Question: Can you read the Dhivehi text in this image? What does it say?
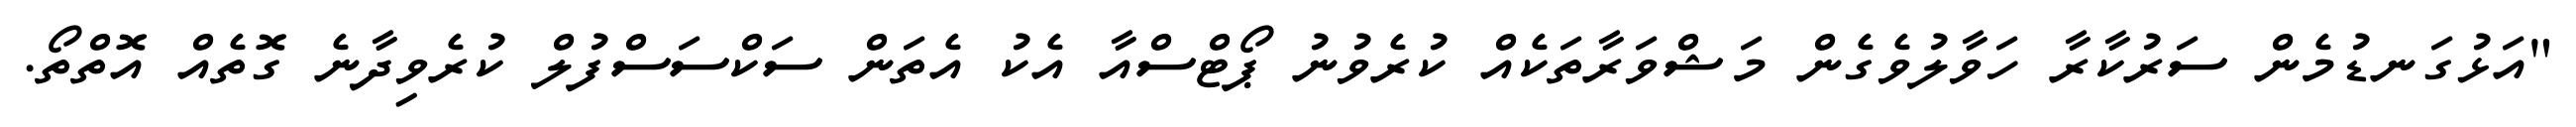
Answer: "އަޅުގަނޑުމެން ސަރުކާރާ ހަވާލުވެގެން މަޝްވަރާތަކެއް ކުރެވުނު ޕޯޓްސްއާ އެކު އެތަން ސަކްސަސްފުލް ކުރެވިދާނެ ގޮތެއް އޮތްތޯ.